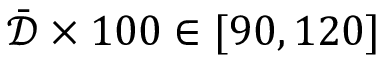
\bar { \mathcal { D } } \times 1 0 0 \in [ 9 0 , 1 2 0 ]